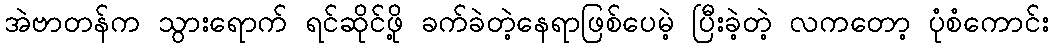
အဲဗာတန်က သွားရောက် ရင်ဆိုင်ဖို့ ခက်ခဲတဲ့နေရာဖြစ်ပေမဲ့ ပြီးခဲ့တဲ့ လကတော့ ပုံစံကောင်း